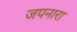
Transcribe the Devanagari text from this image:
जपनारा